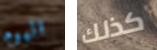
اليوم كذلك